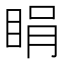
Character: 睊